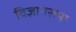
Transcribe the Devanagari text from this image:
विज्ञानसभा